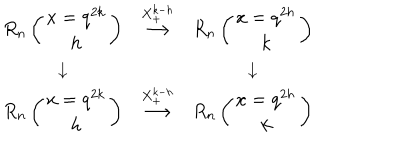
\begin{array} { c c c c c c c c c c c c c c } { { R _ { n } \left( \begin{array} { c } { { x = q ^ { 2 k } } } \\ { { h } } \\ \end{array} \right) } } & { { \stackrel { X _ { + } ^ { k - h } } { \longrightarrow } } } & { { R _ { n } \left( \begin{array} { c } { { x = q ^ { 2 h } } } \\ { { k } } \\ \end{array} \right) } } \\ { { \downarrow } } & { { } } & { { \downarrow } } \\ { { R _ { n } \left( \begin{array} { c } { { x = q ^ { 2 k } } } \\ { { h } } \\ \end{array} \right) } } & { { \stackrel { X _ { + } ^ { k - h } } { \longrightarrow } } } & { { R _ { n } \left( \begin{array} { c } { { x = q ^ { 2 h } } } \\ { { k } } \\ \end{array} \right) } } \\ \end{array}